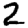
Digit: 2